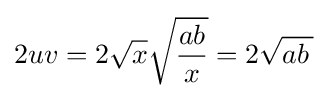
2uv=2{\sqrt {x}}{\sqrt {\frac {ab}{x}}}=2{\sqrt {ab\,{}}}